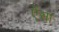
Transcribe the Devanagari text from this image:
ऐंसा